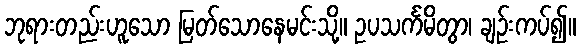
ဘုရားတည်းဟူသော မြတ်သောနေမင်းသို့။ ဥပသင်္ကမိတွာ၊ ချဉ်းကပ်၍။